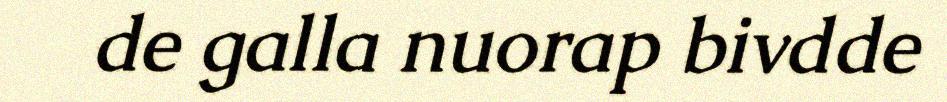
de galla nuorap bivdde